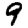
Digit: 9